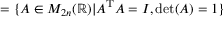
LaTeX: = \{ A \in M _ { 2 n } ( \mathbb { R } ) | A ^ { \mathrm { T } } A = I , \det ( A ) = 1 \}